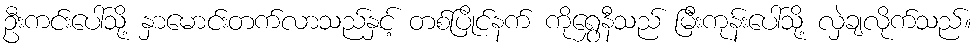
ဦးကင်းပေါ်သို့ နှာမောင်းတက်လာသည်နှင့် တစ်ပြိုင်နက် ကိုရွှေနီသည် မြီးကုန်းပေါ်သို့ လှဲချလိုက်သည်။